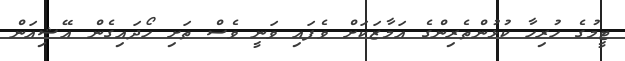
ޓީމުގެ ހުރިހާ ކުޅުންތެރިންގެ އަމާޒަކަށް ވެފައި ވަނީ ވެސް ތަށި ހޯދައިގެން އޭޝިއަން